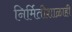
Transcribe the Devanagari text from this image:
निर्मितीशाळाही